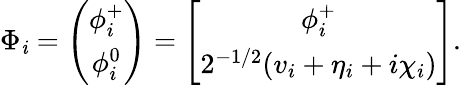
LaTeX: \Phi_{\mathit{i}}=\left(\begin{array}{c}{{\phi_{i}^{+}}}\\ {{\phi_{i}^{0}}}\end{array}\right)=\left[\begin{array}{c}{{\phi_{i}^{+}}}\\ {{2^{-1/2}(v_{i}+\eta_{i}+i\chi_{i})}}\end{array}\right].